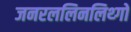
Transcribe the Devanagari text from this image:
जनरललिनलिथ्गो